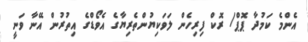
އެންމެ ކަމުދާ ޕޮޕް/ ރޮކް ފިރިހެން ލަވަކިޔުންތެރިޔާގެ އެވޯޑްގެ އިތުރުން އޭނާ ވަނީ